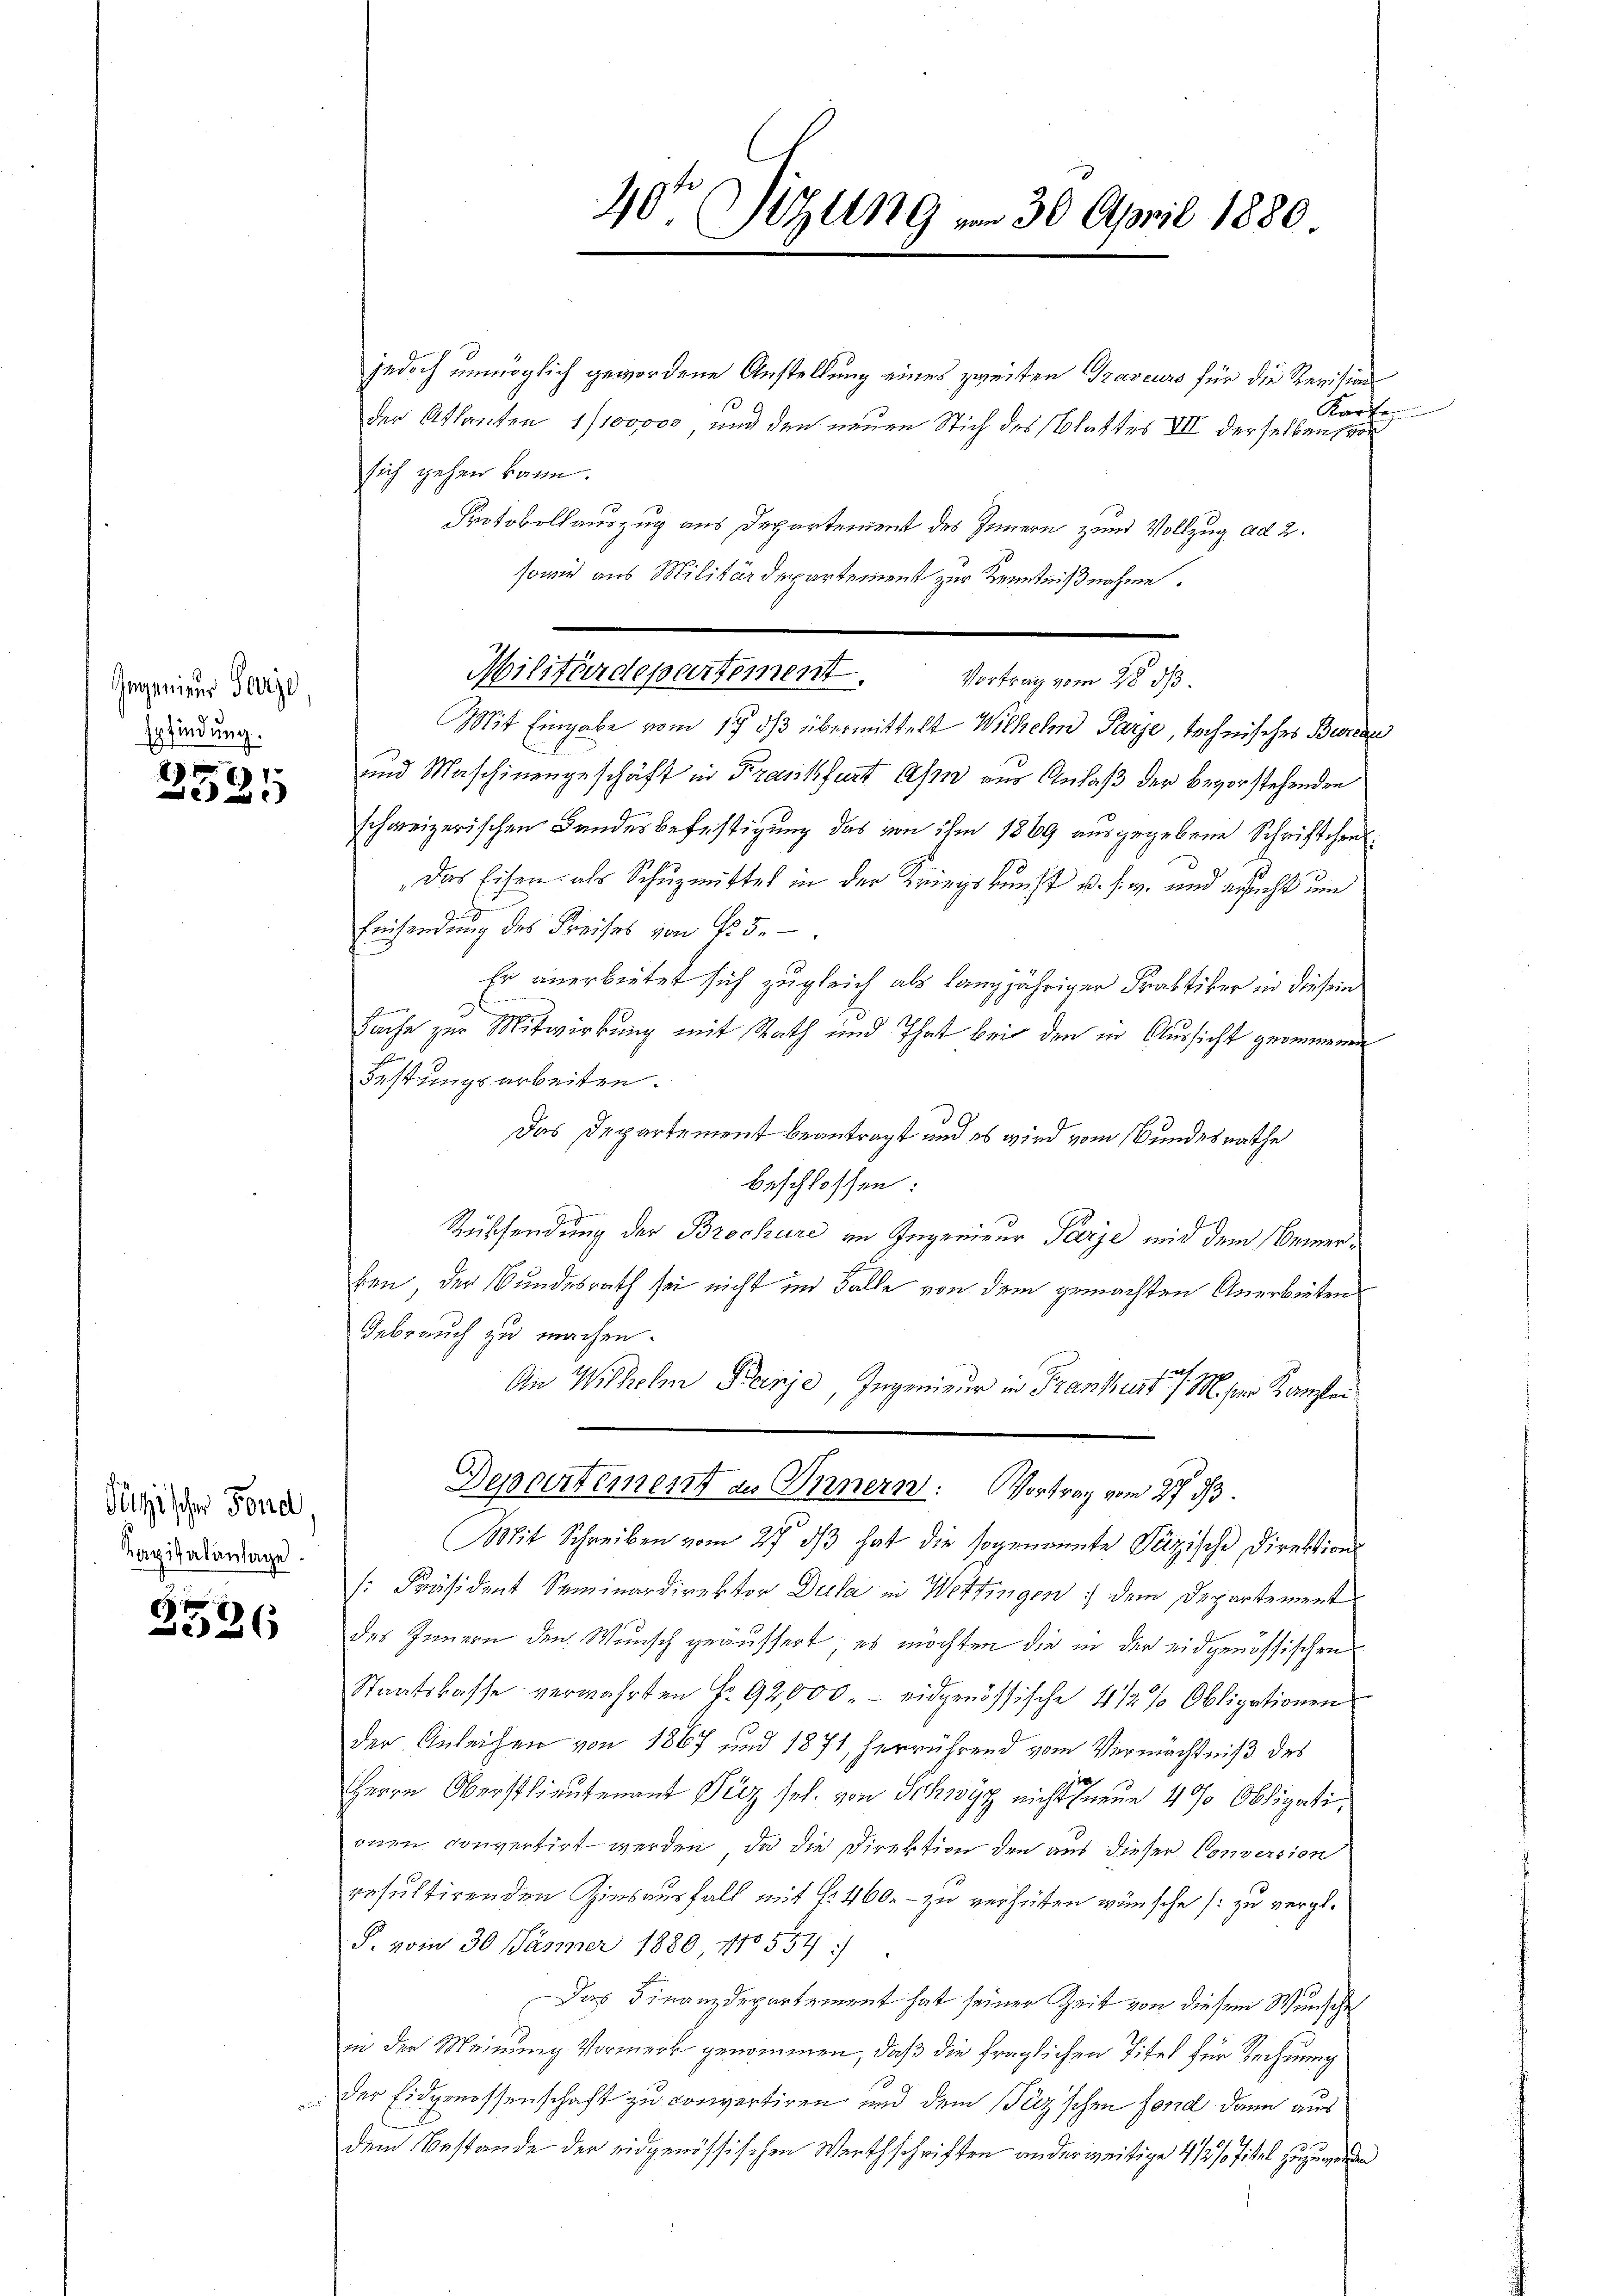
Gegenieur Parze
spfindung.

2)
2

Plischer Fond
Kapitalanlage.

2526

jedoch unmöglich gewordene Anstellung eines zweiten Traveurs für die Revision
Karte
der Atlanten 1/100,000, und den neuen Stich des Blattes III derselben vor
sich gehen kann.
Protokollauszug aus Departement des Innern zum Vollzug ad 2.
sowie aus Militärdepartement zur Kenntnißnahme.
Mit Eingabe vom 17. dβ übermittelt Wilhelm Parze, technisches Bureau
und Maschinengeschäft in Frankfurt Asien aus Anlaß der bevorstehenden
schweizerischen Bandesbefestigung das von ihm 1869 ausgegebene Schriftchen.
Das Eisen als Schuzmittel in der Kriegskunft u. s. w. und ersucht um
Einsendung des Kreises von Fr. 5.
Er anerbeitet sich zugleich als langjähriger Praktiker in diesem
Sache zur Mitwirkung mit Rath und That bei den in Aussicht geommenen
Festungsarbeiten.
Das Departement beantragt und es wird vom Bundesrathe
beschlossen:
Rüschendung der Brochüre in Ingenieur Parze mit dem Bemerben, der Bundesrath sei nicht im Falle von dem gemachten Anerbeitens
Gebrauch zu machen.
An Wilhelm Banje, Ingenieur in Frankerte / M. per Kanzlei
Departement an Innern: Vortrag vom 27. ds.
Mit Schreiben vom 27. dβ hat die sogenannte Pazische Direktion
[Präsident Seminardirektor Dula in Wettingen dem Departement
des Innern den Wunsch geäussert, es möchten die in der eidgenössischen
Staatskasse verwahrten Fr. 92000.- eidgenössische 4 1/2 % Obligationen
der Anleihen von 1867 und 1871, herrührend vom Vermächtniß des
Herrn Oberstlieutenant Pelz sel. von Schwyz nicht neue 4% Obligationen convertirt werden, da die Direktion den aus dieser Conversion
resultirenden Zinsausfall mit fr. 460. - zu verheiten wünsche (: zu vergl.
P. vom 30. Jänner 1880, No 554:
Das Finanzdepartement hat seiner Zeit von diesem Wunsche
in der Meinung Vormerk genommen, daß die fraglichen Titel für Rechnung
Der Eidgenossenschaft zu convertiren und dem Picz’schen Fond dann aus
dem Bestande der eidgenössischen Werthschriften anderweitige 1/2% Titel zuzuwerden

20te Sitzung vom 30. April 1880

Militärdepartement. Vortrag vom 28. ds.